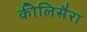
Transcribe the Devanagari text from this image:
कीलिसैरा